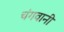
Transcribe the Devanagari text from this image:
चंगवानी